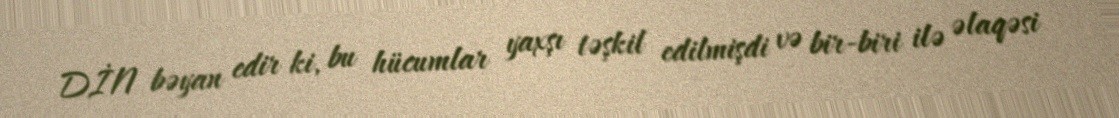
DİN bəyan edir ki, bu hücumlar yaxşı təşkil edilmişdi və bir-biri ilə əlaqəsi